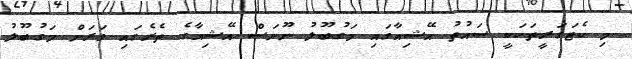
މި ކެޓަގަރީތަކަކީ ސައުތު އޭޝިއާގައި މަގުބޫލު ނޫނަސް އޭޝިއާގެ ތެރެގައި ވަރަށް މަގުބޫލު